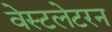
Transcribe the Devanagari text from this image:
वेस्टलेटरन